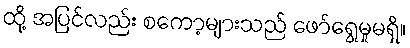
ထို့ အပြင်လည်း စကော့များသည် ဖော်ရွေမှုမရှိ။